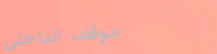
موقف الداخلي